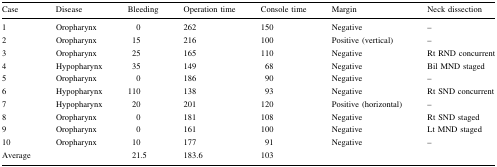
<table><thead><tr><td><b>Case</b></td><td><b>Disease</b></td><td><b>Bleeding</b></td><td><b>Operation time</b></td><td><b>Console time</b></td><td><b>Margin</b></td><td><b>Neck dissection</b></td></tr></thead><tbody><tr><td>1</td><td>Oropharynx</td><td>0</td><td>262</td><td>150</td><td>Negative</td><td>–</td></tr><tr><td>2</td><td>Oropharynx</td><td>15</td><td>216</td><td>100</td><td>Positive (vertical)</td><td>–</td></tr><tr><td>3</td><td>Oropharynx</td><td>25</td><td>165</td><td>110</td><td>Negative</td><td>Rt RND concurrent</td></tr><tr><td>4</td><td>Hypopharynx</td><td>35</td><td>149</td><td>68</td><td>Negative</td><td>Bil MND staged</td></tr><tr><td>5</td><td>Oropharynx</td><td>0</td><td>186</td><td>90</td><td>Negative</td><td>–</td></tr><tr><td>6</td><td>Hypopharynx</td><td>110</td><td>138</td><td>93</td><td>Negative</td><td>Rt SND concurrent</td></tr><tr><td>7</td><td>Hypopharynx</td><td>20</td><td>201</td><td>120</td><td>Positive (horizontal)</td><td>–</td></tr><tr><td>8</td><td>Oropharynx</td><td>0</td><td>181</td><td>108</td><td>Negative</td><td>Rt SND staged</td></tr><tr><td>9</td><td>Oropharynx</td><td>0</td><td>161</td><td>100</td><td>Negative</td><td>Lt MND staged</td></tr><tr><td>10</td><td>Oropharynx</td><td>10</td><td>177</td><td>91</td><td>Negative</td><td>–</td></tr><tr><td>Average</td><td></td><td>21.5</td><td>183.6</td><td>103</td><td></td><td></td></tr></tbody></table>